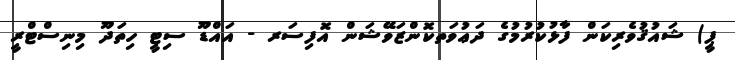
ޕީ) ޝައުޤުވެރިކަން ފާޅުކުރުމުގެ ދަޢުވަތކޮންޒަވޭޝަން އޮފިސަރ - އައްޑޫ ސިޓީ ހިތަދޫ މިނިސްޓްރީ